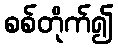
စစ်တိုက်၍